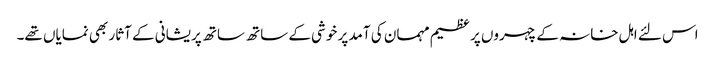
اس لئے اہل خانہ کے چہروں پر عظیم مہمان کی آمد پر خوشی کے ساتھ ساتھ پریشانی کے آثار بھی نمایاں تھے۔